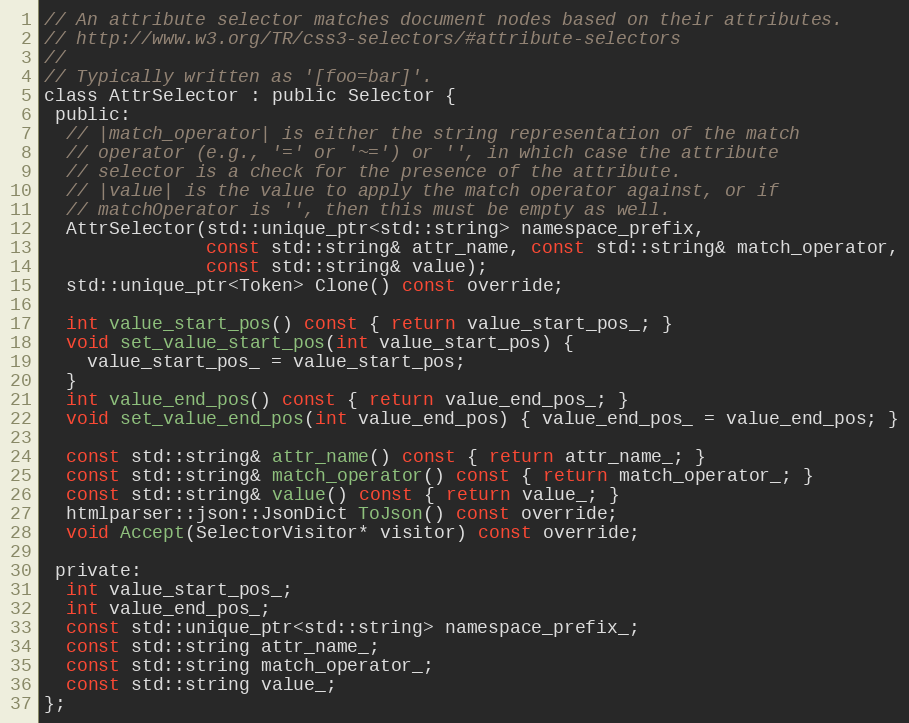
Language: C
// An attribute selector matches document nodes based on their attributes.
// http://www.w3.org/TR/css3-selectors/#attribute-selectors
//
// Typically written as '[foo=bar]'.
class AttrSelector : public Selector {
 public:
  // |match_operator| is either the string representation of the match
  // operator (e.g., '=' or '~=') or '', in which case the attribute
  // selector is a check for the presence of the attribute.
  // |value| is the value to apply the match operator against, or if
  // matchOperator is '', then this must be empty as well.
  AttrSelector(std::unique_ptr<std::string> namespace_prefix,
               const std::string& attr_name, const std::string& match_operator,
               const std::string& value);
  std::unique_ptr<Token> Clone() const override;

  int value_start_pos() const { return value_start_pos_; }
  void set_value_start_pos(int value_start_pos) {
    value_start_pos_ = value_start_pos;
  }
  int value_end_pos() const { return value_end_pos_; }
  void set_value_end_pos(int value_end_pos) { value_end_pos_ = value_end_pos; }

  const std::string& attr_name() const { return attr_name_; }
  const std::string& match_operator() const { return match_operator_; }
  const std::string& value() const { return value_; }
  htmlparser::json::JsonDict ToJson() const override;
  void Accept(SelectorVisitor* visitor) const override;

 private:
  int value_start_pos_;
  int value_end_pos_;
  const std::unique_ptr<std::string> namespace_prefix_;
  const std::string attr_name_;
  const std::string match_operator_;
  const std::string value_;
};